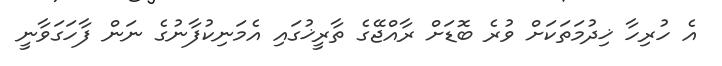
އެ ހުރިހާ ޚިދުމަތަކަށް ވުރެ ބޮޑަށް ރާއްޖޭގެ ތާރީޚުގައި އެމަނިކުފާނުގެ ނަން ފާހަގަވާނީ